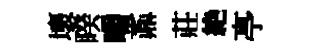
壞睽嚼鼒莊絶𠅘